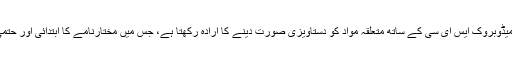
اس حوالے سے میڈوبروک ایس ای سی کے ساتھ متعلقہ مواد کو دستاویزی صورت دینے کا ارادہ رکھتا ہے، جس میں مختارنامے کا ابتدائی اور حتمی بیان شامل ہیں۔